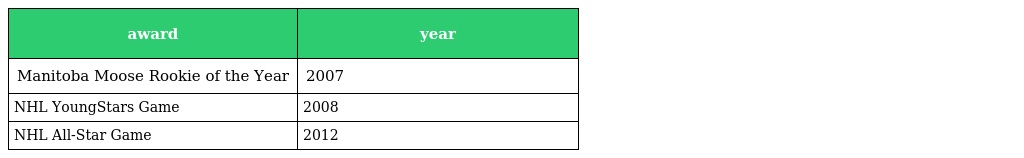
| award | year |
 | --- | --- |
 | Manitoba Moose Rookie of the Year | 2007 |
 | NHL YoungStars Game | 2008 |
 | NHL All-Star Game | 2012 |